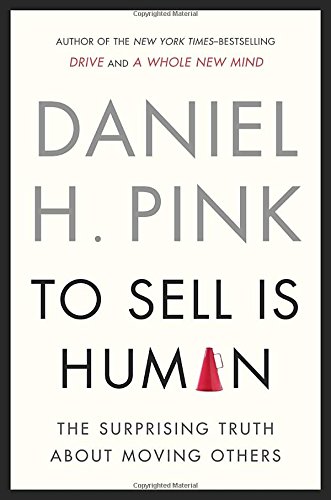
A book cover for To Sell Is Human: The Surprising Truth About Moving Others; Daniel H. Pink; Arts & Photography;